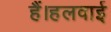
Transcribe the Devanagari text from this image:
हैं।हलवाई